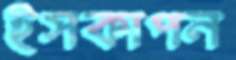
ইসকাপন